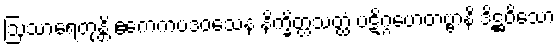
ဩသာရေတုန္တိ ဧကေကပဒဝသေန နိက္ခိတ္တသတ္ထံ ပဋိဂ္ဂဟေတဗ္ဗာနိ ဒိဋ္ဌဝိသော